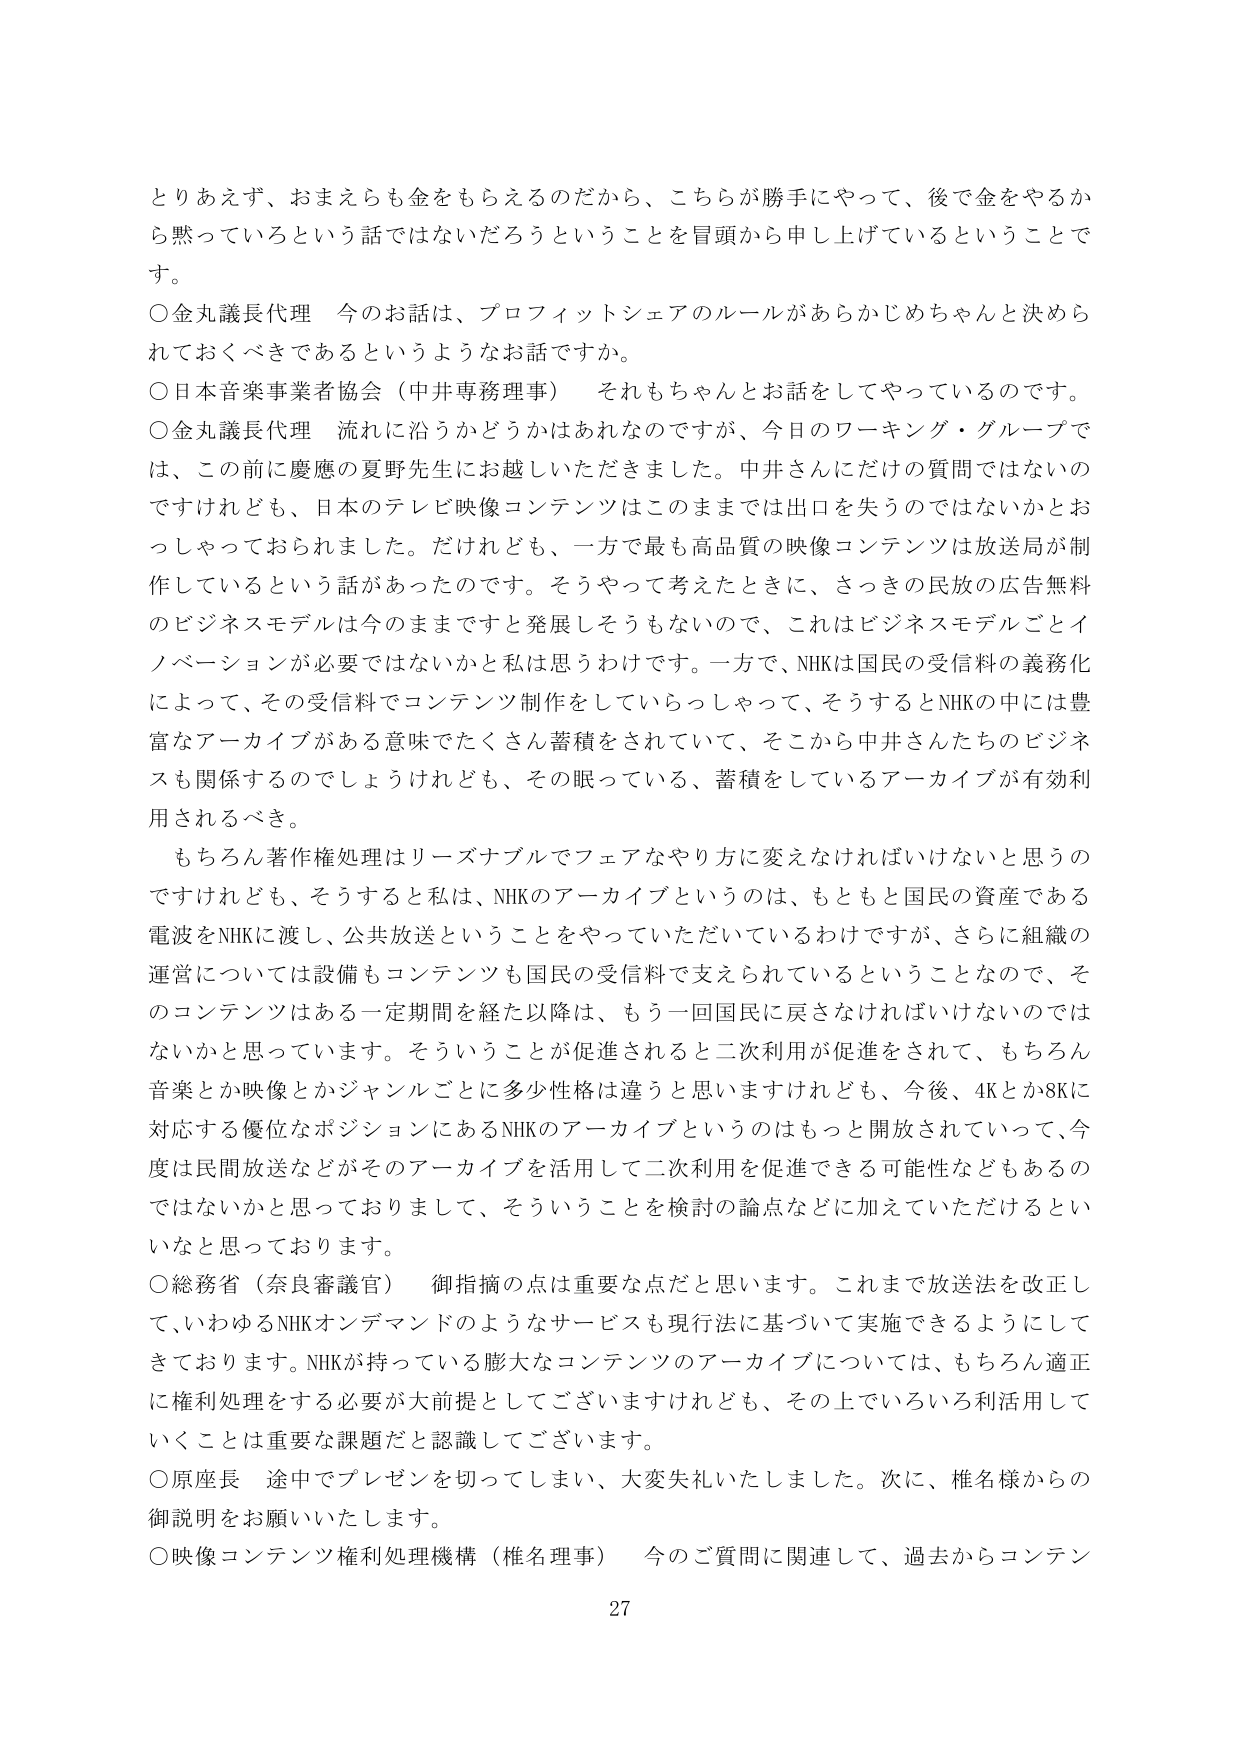
とりあえず、おまえらも金をもらえるのだから、こちらが勝手にやって、後で金をやるから黙っていろという話ではないだろうということを冒頭から申し上げているということです。

○金丸議長代理　今のお話は、プロフィットシェアのルールがあらかじめちゃんと決められておくべきであるというようなお話ですか。

○日本音楽事業者協会（中井専務理事）　それもちゃんとお話をしてやっているのです。

○金丸議長代理　流れに沿うかどうかはあれなのですが、今日のワーキング・グループでは、この前に慶應の夏野先生にお越しいただきました。中井さんにだけの質問ではないのですけれども、日本のテレビ映像コンテンツはこのままでは出口を失うのではないかとおっしゃっておられました。だけれども、一方で最も高品質の映像コンテンツは放送局が制作しているという話があったのです。そうやって考えたときに、さっきの民放の広告無料のビジネスモデルは今のままですと発展しそうもないので、これはビジネスモデルごとイノベーションが必要ではないかと私は思うわけです。一方で、NHKは国民の受信料の義務化によって、その受信料でコンテンツ制作をしていらっしゃって、そうするとNHKの中には豊富なアーカイブがある意味でたくさん蓄積をされていて、そこから中井さんたちのビジネスも関係するのでしょうけれども、その眠っている、蓄積をしているアーカイブが有効利用されるべき。

もちろん著作権処理はリーズナブルでフェアなやり方に変えなければならないと思うのですけれども、そうすると私は、NHKのアーカイブというのは、もともと国民の資産である電波をNHKに渡し、公共放送ということをやっていただいているわけですが、さらに組織の運営については設備もコンテンツも国民の受信料で支えられているということなので、そのコンテンツはある一定期間を経た以降は、もう一回国民に戻さなければいけないのではないかと思っています。そういうことが促進されると二次利用が促進をされて、もちろん音楽とか映像とかジャンルごとに多少性格は違うと思いますけれども、今後、4Kとか8Kに対応する優位なポジションにあるNHKのアーカイブというのはもっと開放されていって、今度は民間放送などがそのアーカイブを活用して二次利用を促進できる可能性などもあるのではないかと思っておりまして、そういうことを検討の論点などに加えていただけるといいなと思っております。

○総務省（奈良審議官）　御指摘の点は重要な点だと思います。これまで放送法を改正して、いわゆるNHKオンデマンドのようなサービスも現行法に基づいて実施できるようにしてきております。NHKが持っている膨大なコンテンツのアーカイブについては、もちろん適正に権利処理をする必要が大前提としてございますけれども、その上でいろいろ利活用していくことは重要な課題だと認識してございます。

○原座長　途中でプレゼンを切ってしまい、大変失礼いたしました。次に、椎名様からの御説明をお願いいたします。

○映像コンテンツ権利処理機構（椎名理事）　今のご質問に関連して、過去からコンテン

27